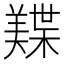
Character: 𬙾